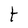
Character: t